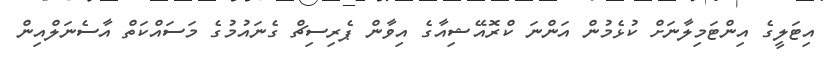
އިޓަލީގެ އިންޓަމިލާނަށް ކުޅެމުން އަންނަ ކްރޮއޭޝިއާގެ އިވާން ޕެރިސިޗް ގެނައުމުގެ މަސައްކަތް އާސެނަލްއިން